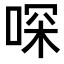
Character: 𠶀